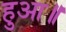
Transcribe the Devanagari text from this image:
हुआ॥